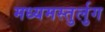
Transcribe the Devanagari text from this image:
मध्यमस्तुर्लुग